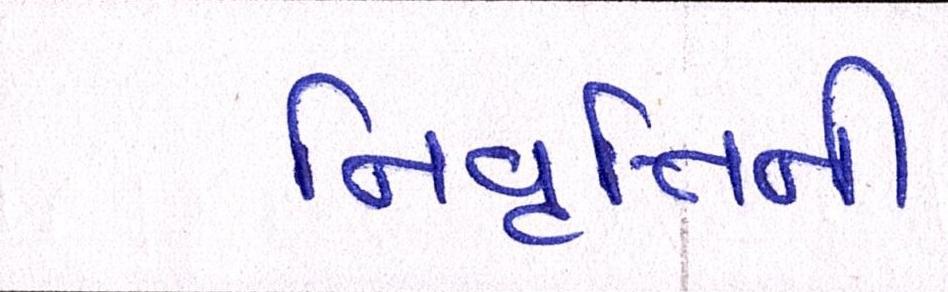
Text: નિવૃત્તિની